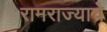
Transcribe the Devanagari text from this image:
रामराज्याचे